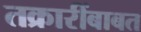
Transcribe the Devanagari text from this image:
तक्रारींबाबत